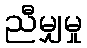
ညီမျှမှု